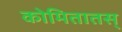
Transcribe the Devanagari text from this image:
कोमितातस्